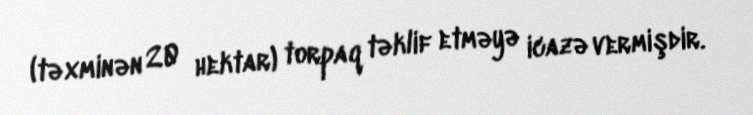
(təxminən 20 hektar) torpaq təklif etməyə icazə vermişdir.